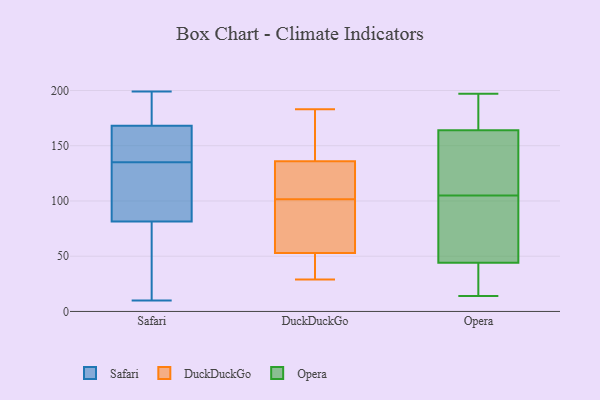
{"axis": {"x": "LTV (USD)", "y": "Value"}, "legend": ["DuckDuckGo", "Opera", "Safari"], "data": [{"x": "", "y": 135, "type": "Safari"}, {"x": "", "y": 140, "type": "Safari"}, {"x": "", "y": 199, "type": "Safari"}, {"x": "", "y": 117, "type": "Safari"}, {"x": "", "y": 165, "type": "Safari"}, {"x": "", "y": 47, "type": "Safari"}, {"x": "", "y": 10, "type": "Safari"}, {"x": "", "y": 16, "type": "Safari"}, {"x": "", "y": 96, "type": "Safari"}, {"x": "", "y": 195, "type": "Safari"}, {"x": "", "y": 93, "type": "Safari"}, {"x": "", "y": 177, "type": "Safari"}, {"x": "", "y": 155, "type": "Safari"}, {"x": "", "y": 136, "type": "DuckDuckGo"}, {"x": "", "y": 78, "type": "DuckDuckGo"}, {"x": "", "y": 122, "type": "DuckDuckGo"}, {"x": "", "y": 156, "type": "DuckDuckGo"}, {"x": "", "y": 63, "type": "DuckDuckGo"}, {"x": "", "y": 136, "type": "DuckDuckGo"}, {"x": "", "y": 45, "type": "DuckDuckGo"}, {"x": "", "y": 161, "type": "DuckDuckGo"}, {"x": "", "y": 40, "type": "DuckDuckGo"}, {"x": "", "y": 53, "type": "DuckDuckGo"}, {"x": "", "y": 29, "type": "DuckDuckGo"}, {"x": "", "y": 118, "type": "DuckDuckGo"}, {"x": "", "y": 85, "type": "DuckDuckGo"}, {"x": "", "y": 183, "type": "DuckDuckGo"}, {"x": "", "y": 164, "type": "Opera"}, {"x": "", "y": 35, "type": "Opera"}, {"x": "", "y": 44, "type": "Opera"}, {"x": "", "y": 103, "type": "Opera"}, {"x": "", "y": 147, "type": "Opera"}, {"x": "", "y": 195, "type": "Opera"}, {"x": "", "y": 183, "type": "Opera"}, {"x": "", "y": 107, "type": "Opera"}, {"x": "", "y": 87, "type": "Opera"}, {"x": "", "y": 162, "type": "Opera"}, {"x": "", "y": 143, "type": "Opera"}, {"x": "", "y": 47, "type": "Opera"}, {"x": "", "y": 20, "type": "Opera"}, {"x": "", "y": 14, "type": "Opera"}, {"x": "", "y": 170, "type": "Opera"}, {"x": "", "y": 36, "type": "Opera"}, {"x": "", "y": 99, "type": "Opera"}, {"x": "", "y": 197, "type": "Opera"}]}